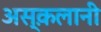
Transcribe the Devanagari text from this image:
अस्क़लानी